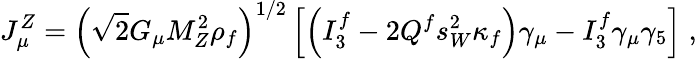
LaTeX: J_{\mu}^{Z}=\left(\sqrt{2}G_{\mu}M_{Z}^{2}\rho_{f}\right)^{1/2}\left[\left(I_{3}^{f}-2Q^{f}s_{W}^{2}\kappa_{f}\right)\gamma_{\mu}-I_{3}^{f}\gamma_{\mu}\gamma_{5}\right]\; ,